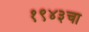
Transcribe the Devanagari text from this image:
१९४३चा